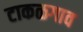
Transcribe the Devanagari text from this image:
टाकळगाव